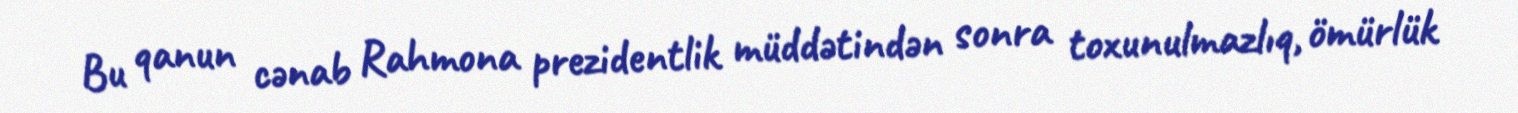
Bu qanun cənab Rahmona prezidentlik müddətindən sonra toxunulmazlıq, ömürlük